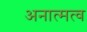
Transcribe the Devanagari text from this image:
अनात्मत्व